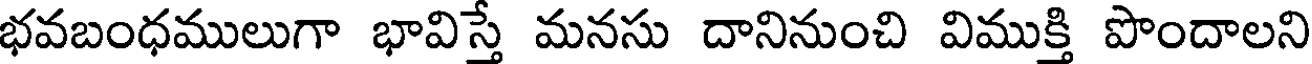
భవబంధములుగా భావిస్తే మనసు దానినుంచి విముక్తి పొందాలని